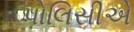
પોલિસીએ